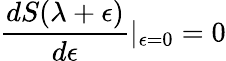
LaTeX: \frac{dS(\lambda+\epsilon)}{d\epsilon}\vert_{\epsilon=0}=0